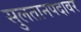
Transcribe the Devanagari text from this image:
सुलतानपदावर